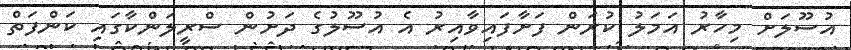
އުސޫލަށް މިހާރު އަމަލު ކުރަން ފަށާފައިވާއިރު އެ އުސޫލުގެ ދަށުން ސްރީލަންކާގައި ކަންފަތް